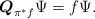
LaTeX: \begin{align*}\boldsymbol{Q}_{\pi ^{\ast }f}\Psi =f\Psi . \end{align*}